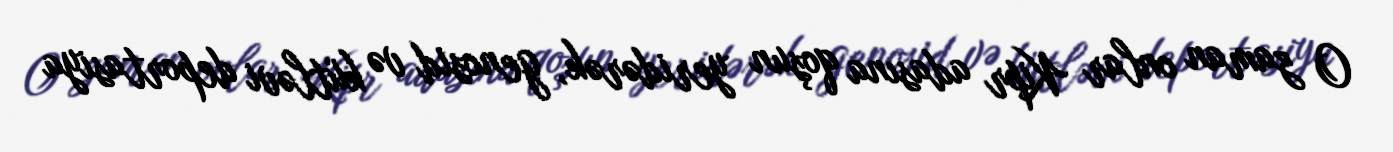
O zaman onlar Kipr adasına qoşun yeridərək, genosid və kütləvi deportasiya